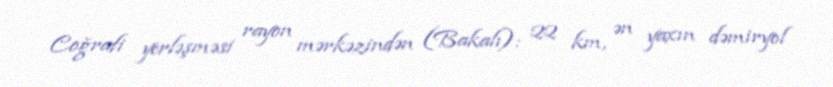
Coğrafi yerləşməsi rayon mərkəzindən (Bakalı): 22 km, ən yaxın dəmiryol